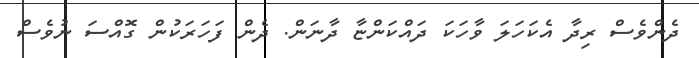
ދެންވެސް ރިދާ އެކަހަލަ ވާހަކަ ދައްކަންޏާ ދާނަން. ދެން ފަހަރަކުން ގޮއްސަ ނުވެސް